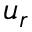
u _ { r }